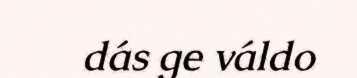
dás ge váldo